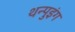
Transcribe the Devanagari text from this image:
थन्पुइंग